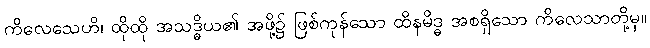
ကိလေသေဟိ၊ ထိုထို အသဒ္ဓိယ၏ အဖို့၌ ဖြစ်ကုန်သော ထိနမိဒ္ဓ အစရှိသော ကိလေသာတို့မှ။